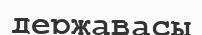
державасы